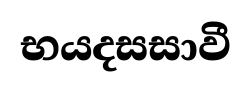
භයදසසාවී